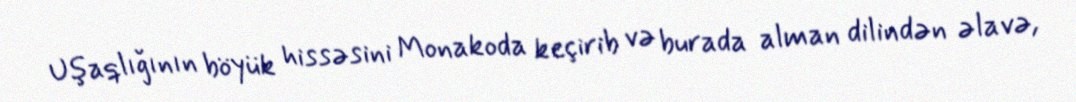
Uşaqlığının böyük hissəsini Monakoda keçirib və burada alman dilindən əlavə,